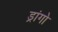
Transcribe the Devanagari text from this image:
ड्रांगो